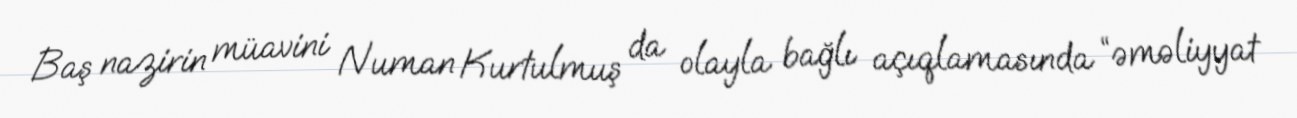
Baş nazirin müavini Numan Kurtulmuş da olayla bağlı açıqlamasında “əməliyyat